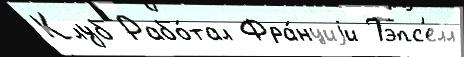
Клуб Рабо́тал Фра́нциjи Тэпс'елл